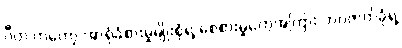
ဂီတ ကတော့ အာရုံခံစားမှုမျိုးစုံရဲ့ စေစားမှုတွေအကြား ဘဝဇာတ်ခုံရဲ့